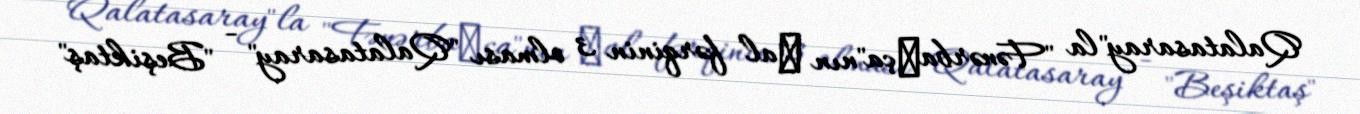
Qalatasaray"la "Fənərbaхça"nın хal fərqinin 3 olması "Qalatasaray" - "Beşiktaş"